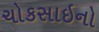
ચોકસાઇનો